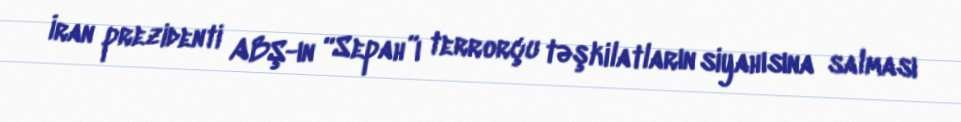
İran prezidenti ABŞ-ın “Sepah”ı terrorçu təşkilatların siyahısına salması